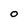
Character: o